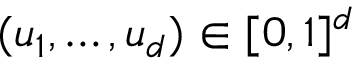
( u _ { 1 } , \dots , u _ { d } ) \in [ 0 , 1 ] ^ { d }